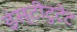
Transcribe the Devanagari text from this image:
इंस्टीटुटेट